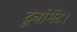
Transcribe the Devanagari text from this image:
टूर्नामेंट।